Veterinary regulations India, 1925 -
Year: 1925
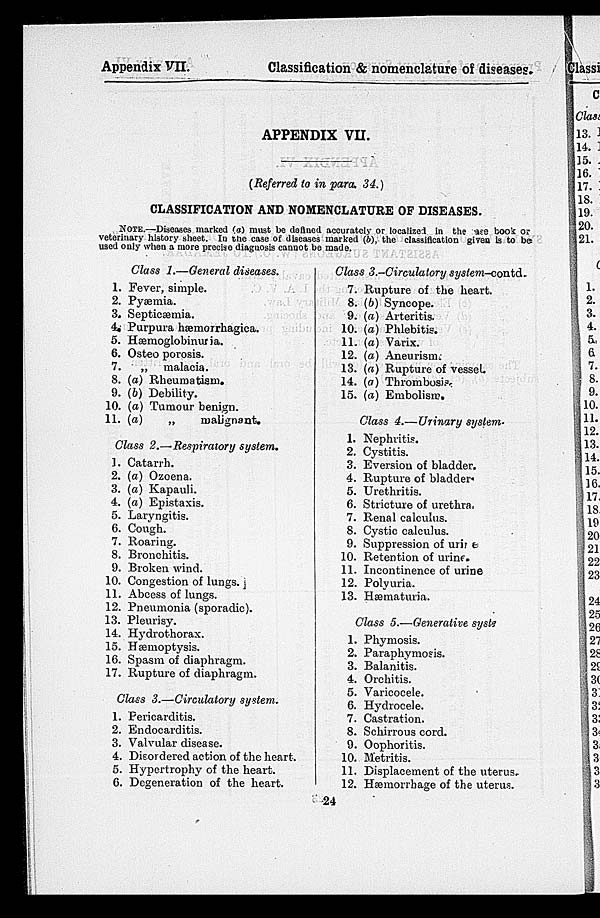
Appendix VII.
Classification & nomenclature of diseases.
APPENDIX VII.
(Referred to in para. 34.)
CLASSIFICATION AND NOMENCLATURE OF DISEASES.
NOTE.—Diseases marked (a) must be defined accurately or localised in the are book or
veterinary history sheet. In the case of diseases marked (b). the classification given is to be
used only when a more precise diagnosis cannot be made.
1.
2.
3.
4.
5.
6.
7.
8.
9.
10.
11.
Class 1.—General diseases.
Fever, simple.
Pyæmia.
Septicæmia.
Purpura hæmorrhagica.
Hæmoglobinuria.
Osteo porosis.
„ malacia.
(a) Rheumatism.
(b) Debility.
(a) Tumour benign.
(a)
„
malignant.
Class 2.—Respiratory system.
1.
2.
3.
4.
5.
6.
7.
8.
9.
10.
11.
12.
13.
14.
15.
16.
17.
Catarrh.
(a) Ozoena.
(a) Kapauli.
(a) Epistaxis.
Laryngitis.
Cough.
Roaring.
Bronchitis.
Broken wind.
Congestion of lungs.
Abcess of lungs.
Pneumonia (sporadic).
Pleurisy.
Hydrothorax.
Hæmoptysis.
Spasm of diaphragm.
Rupture of diaphragm.
Class 3.—Circulatory system.
1.
2.
3.
4.
5.
6.
Pericarditis.
Endocarditis.
Valvular disease.
Disordered action of the heart.
Hypertrophy of the heart.
Degeneration of the heart.
Class 3.-Circulatory system-contd.
7.
8.
9.
10.
11.
12.
13.
14.
15.
Rupture of the heart.
(b) Syncope.
(a) Arteritis.
(a) Phlebitis.
(a) Varix.
(a) Aneurism.
(a) Rupture of vessel.
(a) Thrombosis
(a) Embolism.
Class 4.—Urinary system.
1.
2.
3.
4.
5.
6.
7.
8.
9.
10.
11.
12.
13.
Nephritis.
Cystitis.
Eversion of bladder.
Rupture of bladder.
Urethritis.
Stricture of urethral
Renal calculus.
Cystic calculus.
Suppression of urine
Retention of urine.
Incontinence of urine
Polyuria.
Hæmaturia.
Class 5.—Generative systs
1.
2.
3.
4.
5.
6.
7.
8.
9.
10.
11.
12.
Phymosis.
Paraphimosis.
Balanitis.
Orchitis.
Varicocele.
Hydrocele.
Castration.
Schirrous cord.
Oophoritis.
Metritis.
Displacement of the uterus.
Haemorrhage of the uterus.
24